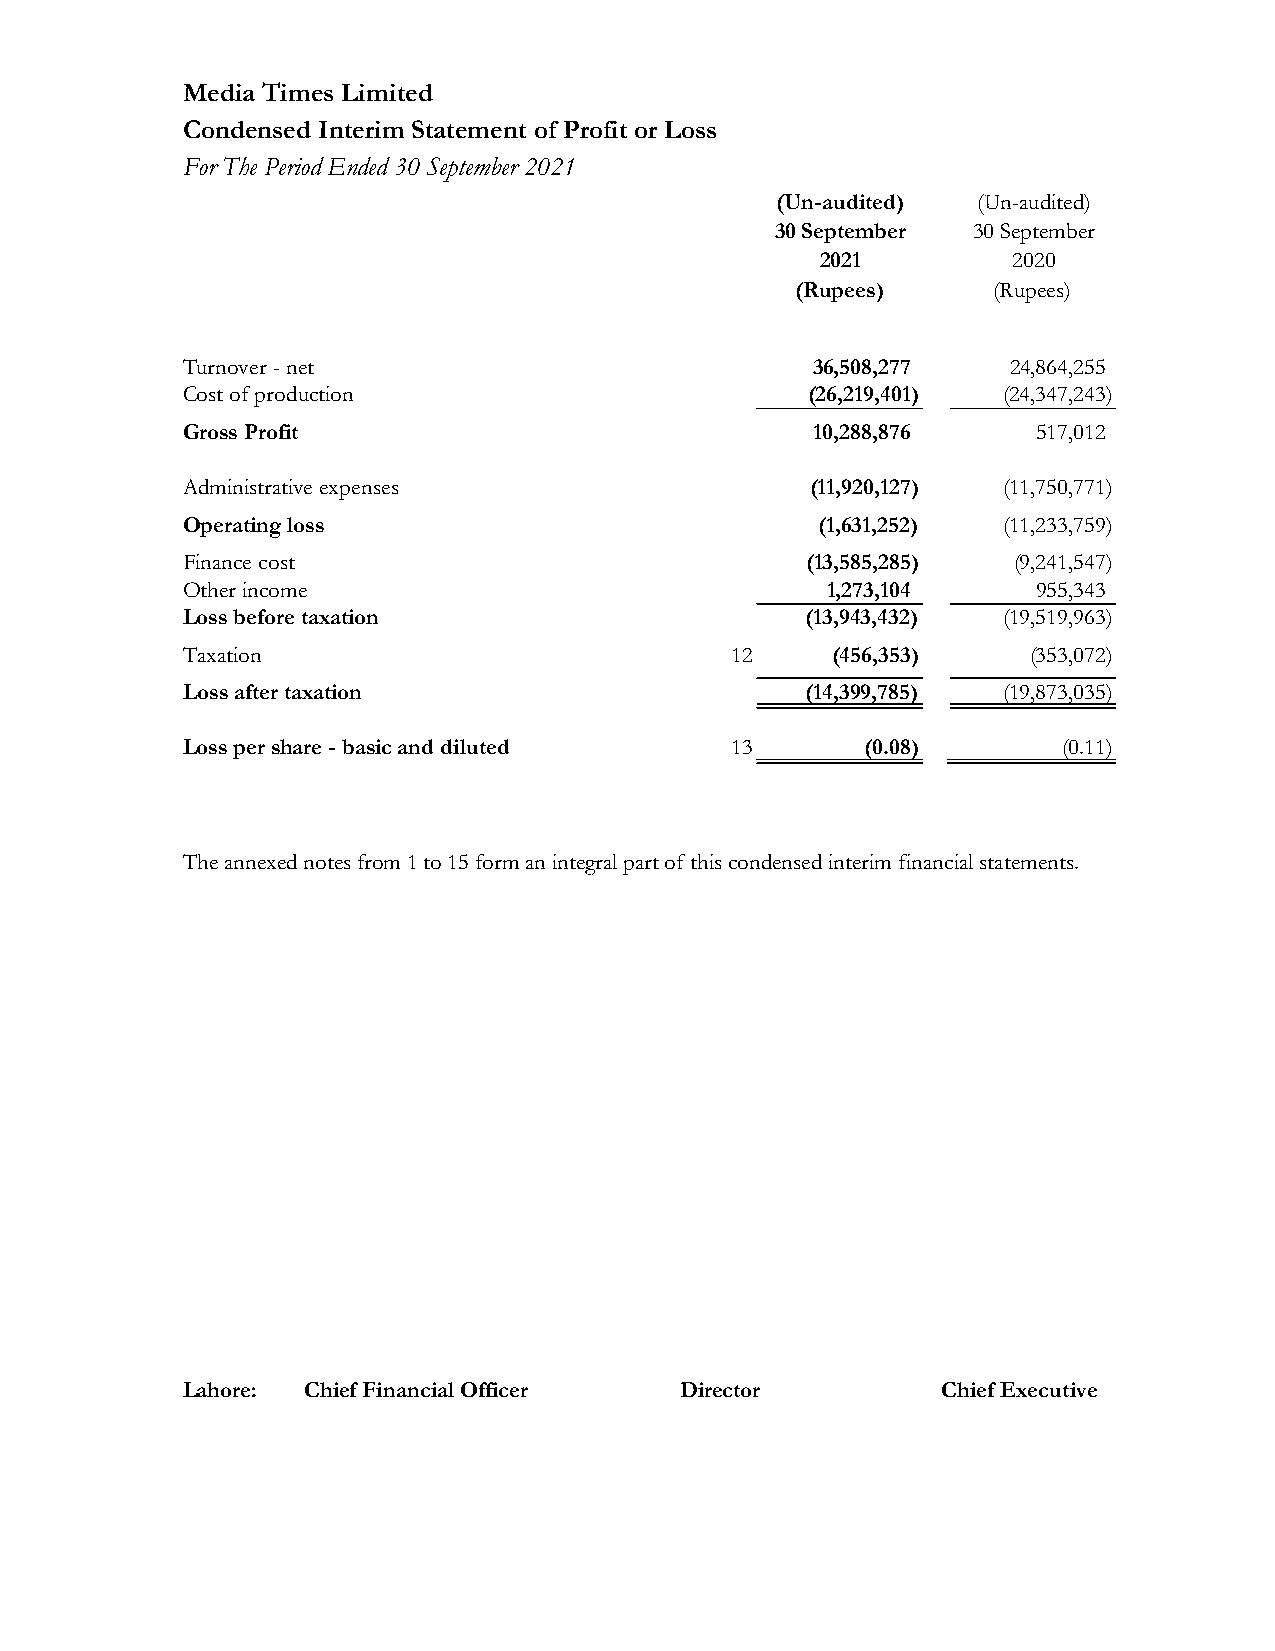
Media Times Limited
 Condensed Interim Statement of Profit or Loss
 For The Period Ended 30 September 2021
 (Un-audited)  (Un-audited)
 30 September 30 September
 2021         2020
 (Rupees)     (Rupees)
 Turnover - net                            36,508,277   24,864,255
 Cost of production                       (26,219,401) (24,347,243)
 Gross Profit                         10,2 8 8 , 8 7 6    517,012
 Administrative expenses                   (11,920,127) (11,750,771)
 Operating loss                     (1,631,2 5 2 )     (11,233,759)
 Finance cost                             (13,585,285)  (9,241,547)
 Other income                               1,273,104     955,343
 Loss before taxation            (13,943,432 )         (19,519,963)
 Taxation                        12         (456,353)    (353,072)
 Loss after taxation              (14,399,78 5 )       (19,873,035)
 Loss per share - basic and diluted  13       (0.08)       (0.11)
 The annexed notes from 1 to 15 form an integral part of this condensed interim financial statements.
 Lahore: Chief Financial Officer Director Chief Executive